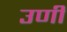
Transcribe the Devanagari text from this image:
उणीं